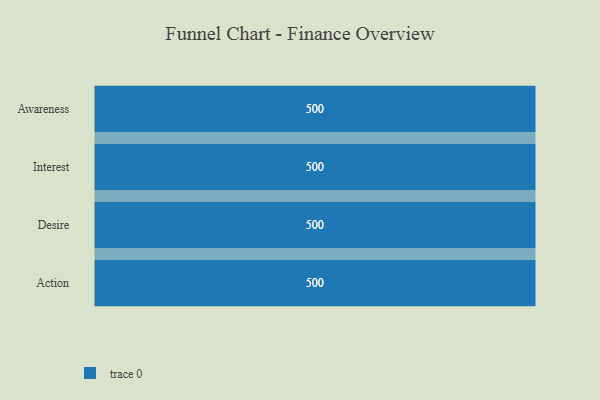
{"axis": {"x": "Stage", "y": "Value"}, "legend": [""], "data": [{"x": "Awareness", "y": 500, "type": ""}, {"x": "Interest", "y": 500, "type": ""}, {"x": "Desire", "y": 500, "type": ""}, {"x": "Action", "y": 500, "type": ""}]}